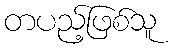
တပည့်ဖြစ်သူ